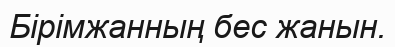
Бірімжанның бес жанын.